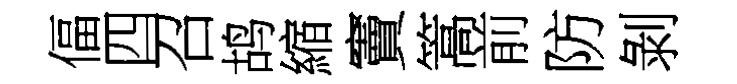
偪四召鸪縮竇篙前防剝